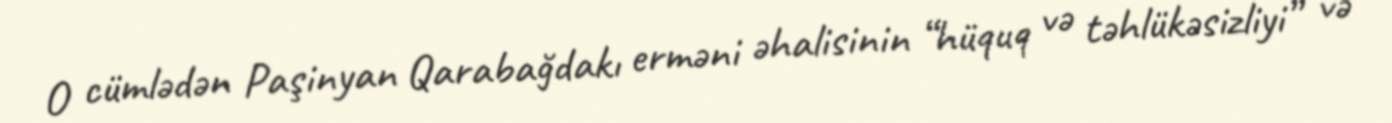
O cümlədən Paşinyan Qarabağdakı erməni əhalisinin “hüquq və təhlükəsizliyi” və